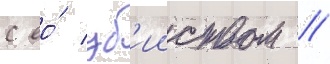
с ео́ уб'ииством //